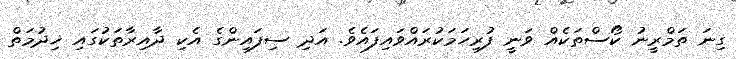
ގިނަ ތަމްރީނު ކޯސްތަކެއް ވަނީ ފުރިހަމަކުރައްވައިފައެވެ. އަދި ސިފައިންގެ އެކި ދާއިރާތަކުގައި ޚިދުމަތް